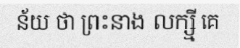
ន័យ ថា ព្រះនាង លក្ស្មី គេ